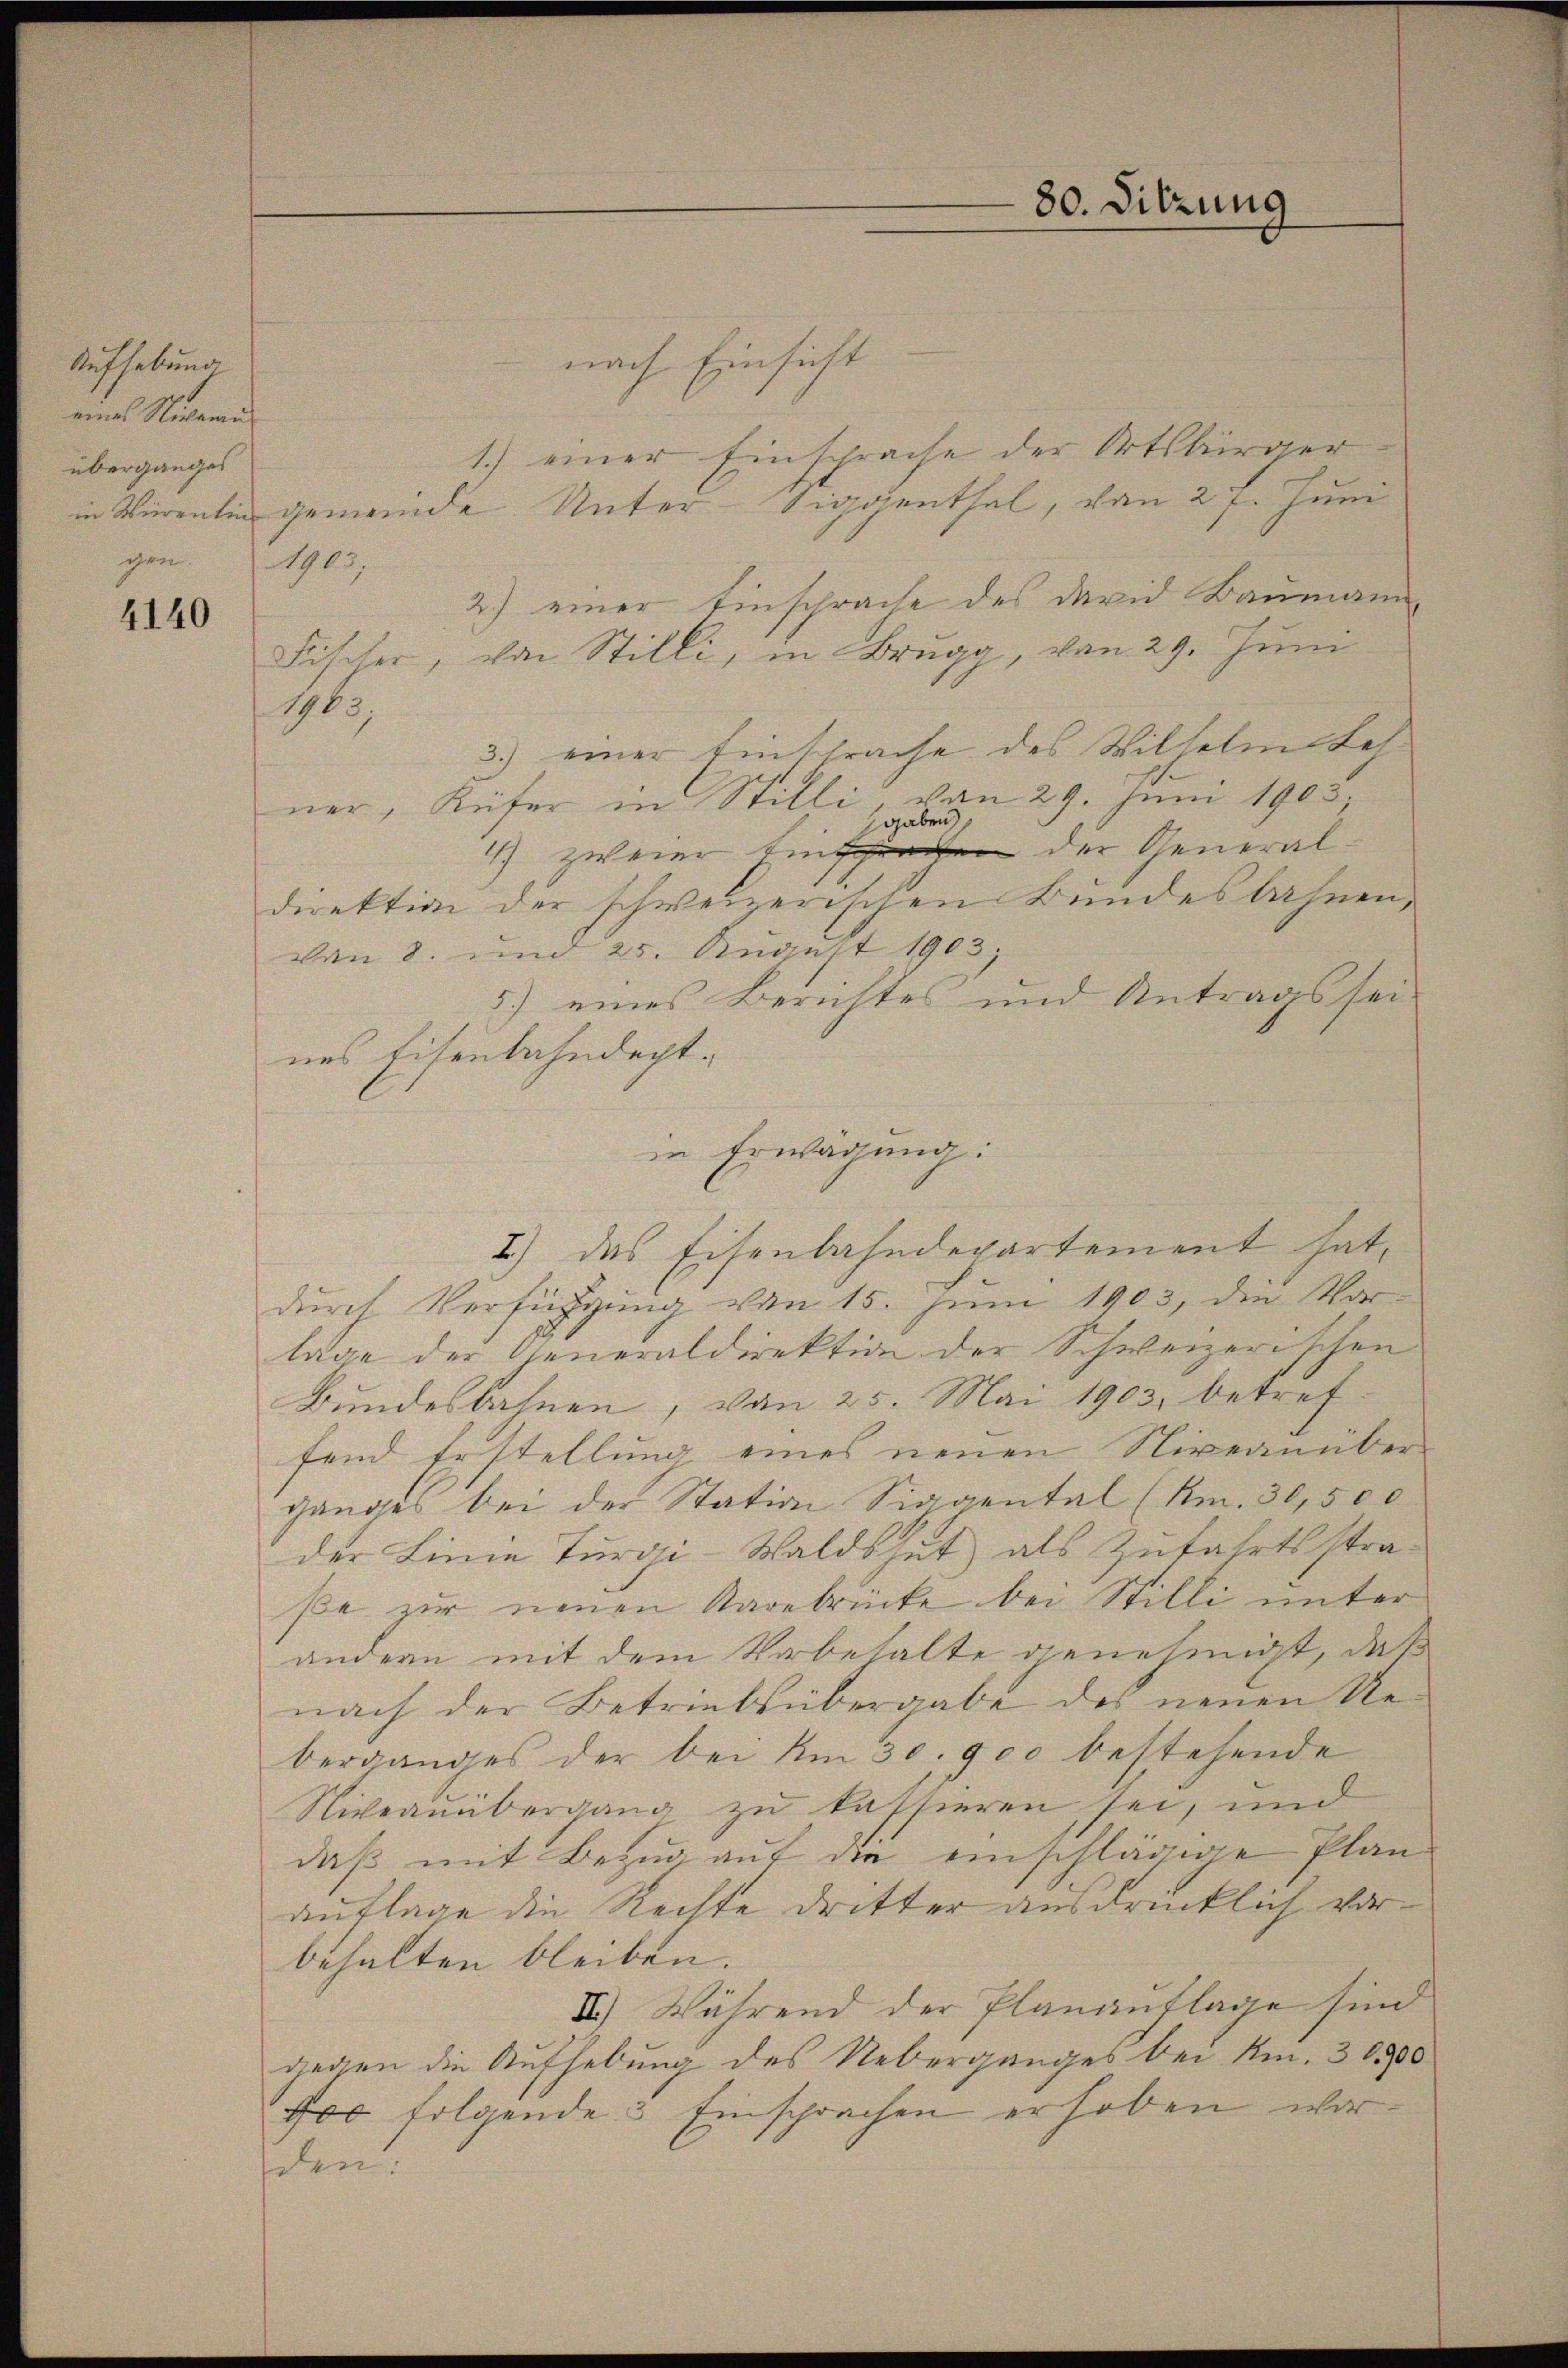
Aufhebung
eines Nicame
überganges
gen. 1903;
4140

nach Einsicht
1.) einer Einsprache der Ortsbürgerin Würenlin gemeinde Unter-Siggenthal, von 27. Juni
2.) einer Einsprache des David Baumann
Fischer, von Stilli, in Brugg, von 29. Juni
1965.
3.) einer Einsprache des Wilhelm Lehner, Küfer in Stilli von 29. Juni 1905;
sgaben
) zweier Eine der Generaldirektion der schweizerischen Bundesbahnen,
von 8. und 25. August 1903,
5.) eines Berichtes und Antrags sei-
nes Eisenbahndept.
in Erwägung:
I.) das Eisenbahndepartement hat,
durch Verfügung von 15. Juni 1903, die Vor-
lage der Generaldirektion der Schweizerischen
Bundesbahnen, von 25. Mai 1903, betreffend Erstellung eines neuen Niveanüber
ganges bei der Station Siggental (Am. 30,500
der Linie Turgi-Waldshut als Zufahrtsstraße zur neuen Karebrücke bei Stilli unter
andern mit dem Vorbehalte genehmigt, daß
nach der Betriebsübergabe des neuen Reberganges der bei Am 30. 900 bestehende
Niveauübergang zu kassieren sei, und
daß mit Bezug auf die einschlägige Plan
auflage die Rechte dritter ausdrücklich vorbehalten bleiben.
II.) Während der Planauflage sind
gegen die Aufhebung des Ueberganges bei Am. 30000
fo folgende 3 Einsprachen erhoben worelen.

80. Sitzung